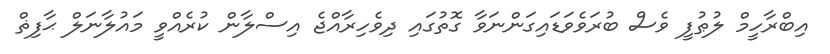
އިބްރާހީމް ލުޠުފީ ވެސް ބުރަވެވަޑައިގަންނަވާ ގޮތުގައި ދިވެހިރާއްޖެ އިސްލާން ކުރެއްވީ މައުލާނަލް ޙާފިޡް